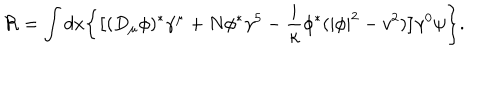
LaTeX: { \cal R } = \int d x \biggl \{ \bigl [ ( D _ { \mu } \phi ) ^ { * } \gamma ^ { \mu } + N \phi ^ { * } \gamma ^ { 5 } - { \frac { i } { \kappa } } \phi ^ { * } ( | \phi | ^ { 2 } - v ^ { 2 } ) \bigr ] \gamma ^ { 0 } \psi \biggr \} .